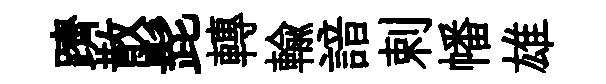
躋散髭轉輸諳剌幡雄